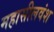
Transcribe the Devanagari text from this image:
महासीलवंश